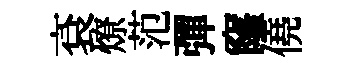
袞燎范彈窿僥